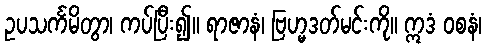
ဥပသင်္ကမိတွာ၊ ကပ်ပြီး၍။ ရာဇာနံ၊ ဗြဟ္မဒတ်မင်းကို။ ဣဒံ ဝစနံ၊